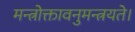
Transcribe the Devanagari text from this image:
मन्त्रोक्तावनुमन्त्रयते।